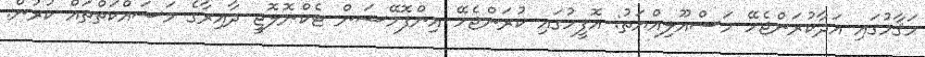
މަޤާމުގައި އަދާކުރަންޖެހޭ މަސްއޫލިއްޔަތު: އޮފީހުގައި ކުރަންޖެހޭ އިންފޮމޭޝަން ޓެކްނޮލޮޖީ ދާއިރާގެ މަސައްކަތްތައް ކުރުން.